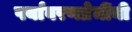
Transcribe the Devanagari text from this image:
पर्यावरणप्रेमींनी